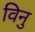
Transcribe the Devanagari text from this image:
विनु